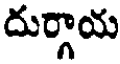
దుర్గాయ